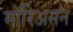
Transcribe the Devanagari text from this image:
मॉरिअसन